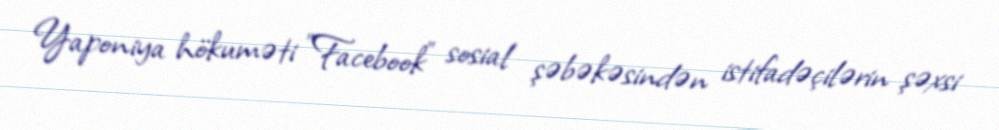
Yaponiya hökuməti "Facebook" sosial şəbəkəsindən istifadəçilərin şəxsi